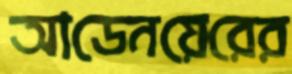
আডেনয়েরের